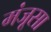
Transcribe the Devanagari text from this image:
मंजूसा